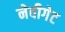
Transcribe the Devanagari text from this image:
नेवीगेट